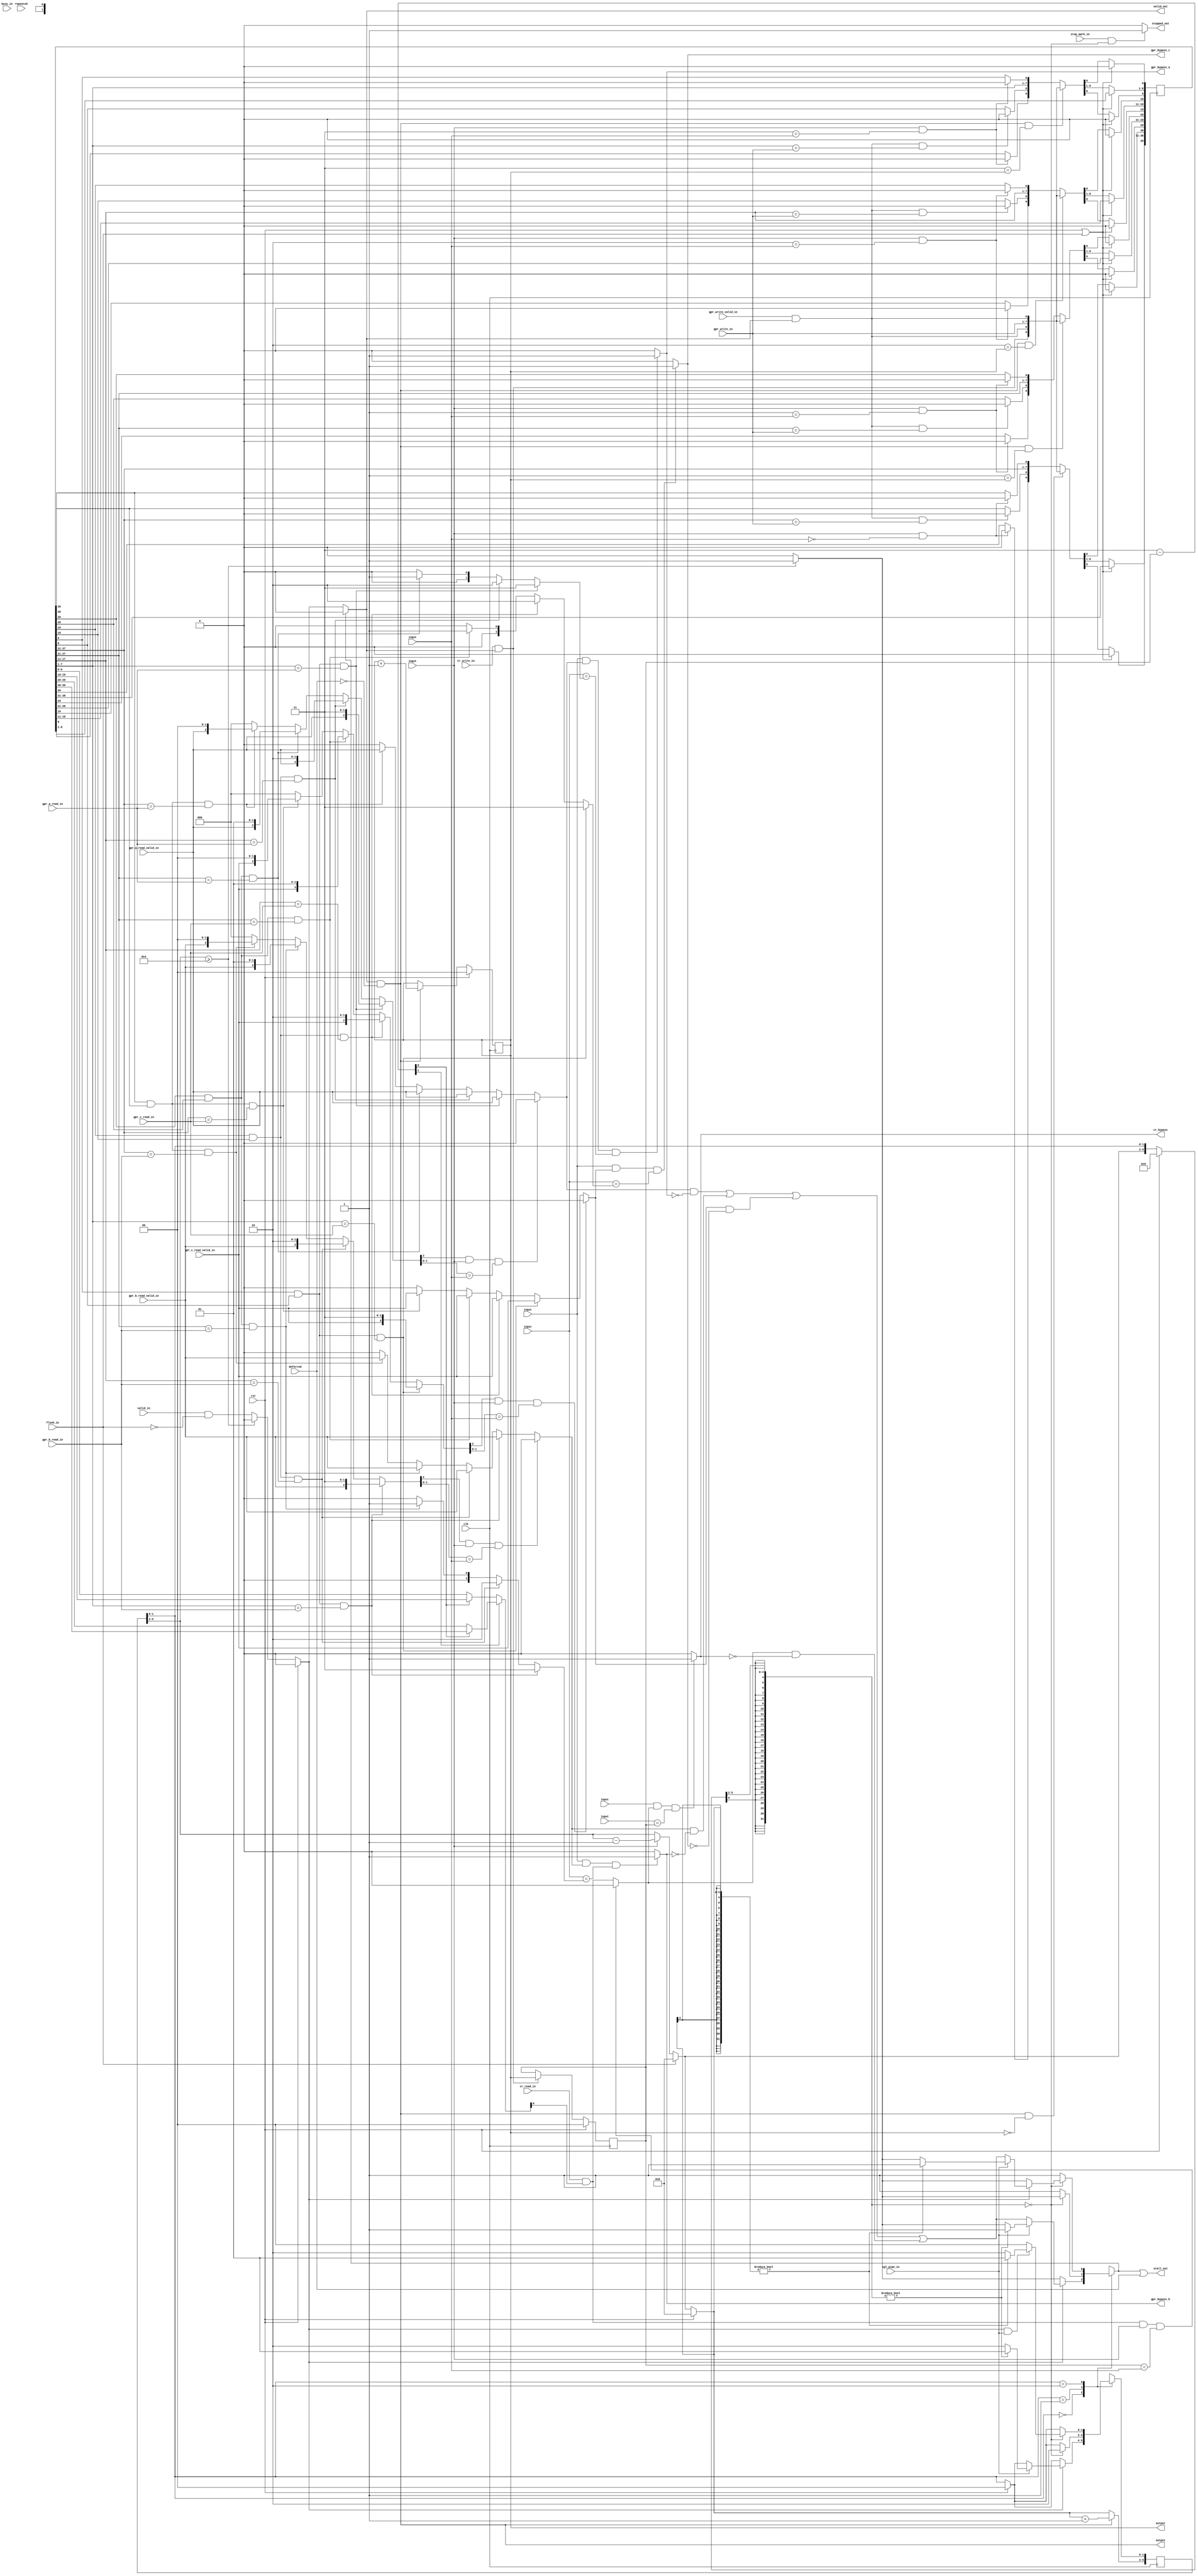
// This program was cloned from: https://github.com/NYU-MLDA/OpenABC
// License: BSD 3-Clause "New" or "Revised" License

module control_3_bf8b4530d8d246dd74ac53a13471bba17941dff7(clk, rst, \complete_in.tag , \complete_in.valid , valid_in, repeated, flush_in, busy_in, deferred, sgl_pipe_in, stop_mark_in, gpr_write_valid_in, gpr_write_in, gpr_a_read_valid_in, gpr_a_read_in, gpr_b_read_valid_in, gpr_b_read_in, gpr_c_read_valid_in, gpr_c_read_in, \execute_next_tag.tag , \execute_next_tag.valid , \execute_next_cr_tag.tag , \execute_next_cr_tag.valid , cr_read_in, cr_write_in, valid_out, stall_out, stopped_out, gpr_bypass_a, gpr_bypass_b, gpr_bypass_c, cr_bypass, \instr_tag_out.tag , \instr_tag_out.valid );
  wire [9:0] _000_;
  wire [9:0] _001_;
  wire _002_;
  wire _003_;
  wire _004_;
  wire _005_;
  wire _006_;
  wire _007_;
  wire _008_;
  wire _009_;
  wire _010_;
  wire _011_;
  wire [9:0] _012_;
  wire _013_;
  wire [7:0] _014_;
  wire _015_;
  wire _016_;
  wire _017_;
  wire _018_;
  wire _019_;
  wire _020_;
  wire _021_;
  wire _022_;
  wire _023_;
  wire _024_;
  wire _025_;
  wire [9:0] _026_;
  wire _027_;
  wire [7:0] _028_;
  wire _029_;
  wire _030_;
  wire _031_;
  wire _032_;
  wire _033_;
  wire _034_;
  wire _035_;
  wire _036_;
  wire _037_;
  wire _038_;
  wire _039_;
  wire [9:0] _040_;
  wire _041_;
  wire [7:0] _042_;
  wire _043_;
  wire _044_;
  wire _045_;
  wire _046_;
  wire _047_;
  wire _048_;
  wire _049_;
  wire _050_;
  wire _051_;
  wire _052_;
  wire _053_;
  wire [9:0] _054_;
  wire _055_;
  wire [7:0] _056_;
  wire _057_;
  wire [1:0] _058_;
  wire [1:0] _059_;
  wire [1:0] _060_;
  reg [5:0] _061_ = 6'h00;
  reg [39:0] _062_;
  reg [1:0] _063_;
  reg [1:0] _064_;
  wire _065_;
  wire _066_;
  wire _067_;
  wire [2:0] _068_;
  wire _069_;
  wire _070_;
  wire _071_;
  wire [2:0] _072_;
  wire _073_;
  wire _074_;
  wire _075_;
  wire [2:0] _076_;
  wire _077_;
  wire _078_;
  wire _079_;
  wire [2:0] _080_;
  wire _081_;
  wire _082_;
  wire _083_;
  wire _084_;
  wire _085_;
  wire _086_;
  wire _087_;
  wire _088_;
  wire [1:0] _089_;
  wire [1:0] _090_;
  wire [1:0] _091_;
  wire [1:0] _092_;
  wire _093_;
  wire _094_;
  wire _095_;
  wire [2:0] _096_;
  wire _097_;
  wire _098_;
  wire _099_;
  wire [2:0] _100_;
  wire _101_;
  wire _102_;
  wire _103_;
  wire [2:0] _104_;
  wire _105_;
  wire _106_;
  wire _107_;
  wire [2:0] _108_;
  wire _109_;
  wire _110_;
  wire _111_;
  wire _112_;
  wire _113_;
  wire _114_;
  wire _115_;
  wire _116_;
  wire [1:0] _117_;
  wire [1:0] _118_;
  wire [1:0] _119_;
  wire [1:0] _120_;
  wire _121_;
  wire _122_;
  wire _123_;
  wire [2:0] _124_;
  wire _125_;
  wire _126_;
  wire _127_;
  wire [2:0] _128_;
  wire _129_;
  wire _130_;
  wire _131_;
  wire [2:0] _132_;
  wire _133_;
  wire _134_;
  wire _135_;
  wire [2:0] _136_;
  wire _137_;
  wire _138_;
  wire _139_;
  wire _140_;
  wire _141_;
  wire _142_;
  wire _143_;
  wire _144_;
  wire [1:0] _145_;
  wire [1:0] _146_;
  wire [1:0] _147_;
  wire [1:0] _148_;
  wire _149_;
  wire _150_;
  wire _151_;
  wire _152_;
  wire _153_;
  wire _154_;
  wire _155_;
  wire _156_;
  wire _157_;
  wire _158_;
  wire _159_;
  wire _160_;
  wire _161_;
  wire _162_;
  wire _163_;
  wire _164_;
  wire _165_;
  wire _166_;
  wire _167_;
  wire _168_;
  wire _169_;
  wire _170_;
  wire _171_;
  wire _172_;
  wire _173_;
  wire [31:0] _174_;
  wire [1:0] _175_;
  wire [1:0] _176_;
  wire _177_;
  wire _178_;
  wire _179_;
  wire _180_;
  wire _181_;
  wire _182_;
  wire _183_;
  wire _184_;
  wire _185_;
  wire _186_;
  wire _187_;
  wire _188_;
  wire _189_;
  wire _190_;
  wire [31:0] _191_;
  wire [3:0] _192_;
  wire [3:0] _193_;
  wire _194_;
  wire _195_;
  wire _196_;
  wire [5:0] _197_;
  wire _198_;
  wire _199_;
  wire _200_;
  wire _201_;
  wire _202_;
  wire [1:0] _203_;
  wire _204_;
  wire _205_;
  wire [1:0] _206_;
  wire [1:0] _207_;
  wire _208_;
  wire [1:0] _209_;
  wire [1:0] _210_;
  wire _211_;
  wire _212_;
  wire _213_;
  wire [1:0] _214_;
  wire [1:0] _215_;
  wire _216_;
  wire _217_;
  wire _218_;
  wire [3:0] _219_;
  wire _220_;
  wire [1:0] _221_;
  wire _222_;
  wire _223_;
  wire [1:0] _224_;
  wire _225_;
  wire _226_;
  wire _227_;
  wire [1:0] _228_;
  wire [1:0] _229_;
  wire _230_;
  wire _231_;
  wire [1:0] _232_;
  wire [3:0] _233_;
  wire _234_;
  wire _235_;
  wire _236_;
  wire _237_;
  wire _238_;
  wire _239_;
  wire [31:0] _240_;
  wire [3:0] _241_;
  wire _242_;
  wire [9:0] _243_;
  input busy_in;
  wire busy_in;
  input clk;
  wire clk;
  input [1:0] \complete_in.tag ;
  wire [1:0] \complete_in.tag ;
  input \complete_in.valid ;
  wire \complete_in.valid ;
  output cr_bypass;
  wire cr_bypass;
  input cr_read_in;
  wire cr_read_in;
  wire cr_tag_stall;
  input cr_write_in;
  wire cr_write_in;
  wire cr_write_valid;
  wire [1:0] curr_cr_tag;
  wire [1:0] curr_tag;
  input deferred;
  wire deferred;
  input [1:0] \execute_next_cr_tag.tag ;
  wire [1:0] \execute_next_cr_tag.tag ;
  input \execute_next_cr_tag.valid ;
  wire \execute_next_cr_tag.valid ;
  input [1:0] \execute_next_tag.tag ;
  wire [1:0] \execute_next_tag.tag ;
  input \execute_next_tag.valid ;
  wire \execute_next_tag.valid ;
  input flush_in;
  wire flush_in;
  input [6:0] gpr_a_read_in;
  wire [6:0] gpr_a_read_in;
  input gpr_a_read_valid_in;
  wire gpr_a_read_valid_in;
  input [6:0] gpr_b_read_in;
  wire [6:0] gpr_b_read_in;
  input gpr_b_read_valid_in;
  wire gpr_b_read_valid_in;
  output gpr_bypass_a;
  wire gpr_bypass_a;
  output gpr_bypass_b;
  wire gpr_bypass_b;
  output gpr_bypass_c;
  wire gpr_bypass_c;
  input [6:0] gpr_c_read_in;
  wire [6:0] gpr_c_read_in;
  input gpr_c_read_valid_in;
  wire gpr_c_read_valid_in;
  wire gpr_tag_stall;
  input [6:0] gpr_write_in;
  wire [6:0] gpr_write_in;
  wire gpr_write_valid;
  input gpr_write_valid_in;
  wire gpr_write_valid_in;
  wire [2:0] instr_tag;
  output [1:0] \instr_tag_out.tag ;
  wire [1:0] \instr_tag_out.tag ;
  output \instr_tag_out.valid ;
  wire \instr_tag_out.valid ;
  wire [1:0] next_tag;
  wire [5:0] r_int;
  input repeated;
  wire repeated;
  wire [5:0] rin_int;
  input rst;
  wire rst;
  input sgl_pipe_in;
  wire sgl_pipe_in;
  output stall_out;
  wire stall_out;
  input stop_mark_in;
  wire stop_mark_in;
  output stopped_out;
  wire stopped_out;
  wire [39:0] tag_regs;
  input valid_in;
  wire valid_in;
  output valid_out;
  wire valid_out;
  assign _000_ = _176_[0] ? tag_regs[19:10] : tag_regs[9:0];
  assign _001_ = _176_[0] ? tag_regs[39:30] : tag_regs[29:20];
  assign _243_ = _176_[1] ? _001_ : _000_;
  assign _002_ = rst | flush_in;
  assign _003_ = 32'd0 == { 30'h00000000, \complete_in.tag  };
  assign _004_ = \complete_in.valid  & _003_;
  assign _005_ = _004_ ? 1'h0 : tag_regs[30];
  assign _006_ = _004_ ? 1'h0 : tag_regs[39];
  assign _007_ = tag_regs[37:31] == gpr_write_in;
  assign _008_ = gpr_write_valid & _007_;
  assign _009_ = _008_ ? 1'h0 : tag_regs[38];
  assign _010_ = 32'd0 == { 30'h00000000, instr_tag[1:0] };
  assign _011_ = instr_tag[2] & _010_;
  assign _012_ = _011_ ? { cr_write_valid, gpr_write_valid, gpr_write_in, gpr_write_valid } : { _006_, _009_, tag_regs[37:31], _005_ };
  assign _013_ = _002_ ? 1'h0 : _012_[0];
  assign _014_ = _002_ ? tag_regs[38:31] : _012_[8:1];
  assign _015_ = _002_ ? 1'h0 : _012_[9];
  assign _016_ = rst | flush_in;
  assign _017_ = 32'd1 == { 30'h00000000, \complete_in.tag  };
  assign _018_ = \complete_in.valid  & _017_;
  assign _019_ = _018_ ? 1'h0 : tag_regs[20];
  assign _020_ = _018_ ? 1'h0 : tag_regs[29];
  assign _021_ = tag_regs[27:21] == gpr_write_in;
  assign _022_ = gpr_write_valid & _021_;
  assign _023_ = _022_ ? 1'h0 : tag_regs[28];
  assign _024_ = 32'd1 == { 30'h00000000, instr_tag[1:0] };
  assign _025_ = instr_tag[2] & _024_;
  assign _026_ = _025_ ? { cr_write_valid, gpr_write_valid, gpr_write_in, gpr_write_valid } : { _020_, _023_, tag_regs[27:21], _019_ };
  assign _027_ = _016_ ? 1'h0 : _026_[0];
  assign _028_ = _016_ ? tag_regs[28:21] : _026_[8:1];
  assign _029_ = _016_ ? 1'h0 : _026_[9];
  assign _030_ = rst | flush_in;
  assign _031_ = 32'd2 == { 30'h00000000, \complete_in.tag  };
  assign _032_ = \complete_in.valid  & _031_;
  assign _033_ = _032_ ? 1'h0 : tag_regs[10];
  assign _034_ = _032_ ? 1'h0 : tag_regs[19];
  assign _035_ = tag_regs[17:11] == gpr_write_in;
  assign _036_ = gpr_write_valid & _035_;
  assign _037_ = _036_ ? 1'h0 : tag_regs[18];
  assign _038_ = 32'd2 == { 30'h00000000, instr_tag[1:0] };
  assign _039_ = instr_tag[2] & _038_;
  assign _040_ = _039_ ? { cr_write_valid, gpr_write_valid, gpr_write_in, gpr_write_valid } : { _034_, _037_, tag_regs[17:11], _033_ };
  assign _041_ = _030_ ? 1'h0 : _040_[0];
  assign _042_ = _030_ ? tag_regs[18:11] : _040_[8:1];
  assign _043_ = _030_ ? 1'h0 : _040_[9];
  assign _044_ = rst | flush_in;
  assign _045_ = 32'd3 == { 30'h00000000, \complete_in.tag  };
  assign _046_ = \complete_in.valid  & _045_;
  assign _047_ = _046_ ? 1'h0 : tag_regs[0];
  assign _048_ = _046_ ? 1'h0 : tag_regs[9];
  assign _049_ = tag_regs[7:1] == gpr_write_in;
  assign _050_ = gpr_write_valid & _049_;
  assign _051_ = _050_ ? 1'h0 : tag_regs[8];
  assign _052_ = 32'd3 == { 30'h00000000, instr_tag[1:0] };
  assign _053_ = instr_tag[2] & _052_;
  assign _054_ = _053_ ? { cr_write_valid, gpr_write_valid, gpr_write_in, gpr_write_valid } : { _048_, _051_, tag_regs[7:1], _047_ };
  assign _055_ = _044_ ? 1'h0 : _054_[0];
  assign _056_ = _044_ ? tag_regs[8:1] : _054_[8:1];
  assign _057_ = _044_ ? 1'h0 : _054_[9];
  assign _058_ = cr_write_valid ? instr_tag[1:0] : curr_cr_tag;
  assign _059_ = rst ? 2'h0 : next_tag;
  assign _060_ = rst ? 2'h0 : _058_;
  always @(posedge clk)
    _061_ <= rin_int;
  always @(posedge clk)
    _062_ <= { _015_, _014_, _013_, _029_, _028_, _027_, _043_, _042_, _041_, _057_, _056_, _055_ };
  always @(posedge clk)
    _063_ <= _059_;
  always @(posedge clk)
    _064_ <= _060_;
  assign _065_ = tag_regs[30] & tag_regs[38];
  assign _066_ = tag_regs[37:31] == gpr_a_read_in;
  assign _067_ = _065_ & _066_;
  assign _068_ = _067_ ? { gpr_a_read_valid_in, 2'h0 } : 3'h0;
  assign _069_ = tag_regs[20] & tag_regs[28];
  assign _070_ = tag_regs[27:21] == gpr_a_read_in;
  assign _071_ = _069_ & _070_;
  assign _072_ = _071_ ? { gpr_a_read_valid_in, 2'h1 } : _068_;
  assign _073_ = tag_regs[10] & tag_regs[18];
  assign _074_ = tag_regs[17:11] == gpr_a_read_in;
  assign _075_ = _073_ & _074_;
  assign _076_ = _075_ ? { gpr_a_read_valid_in, 2'h2 } : _072_;
  assign _077_ = tag_regs[0] & tag_regs[8];
  assign _078_ = tag_regs[7:1] == gpr_a_read_in;
  assign _079_ = _077_ & _078_;
  assign _080_ = _079_ ? { gpr_a_read_valid_in, 2'h3 } : _076_;
  assign _081_ = _080_[2] & \complete_in.valid ;
  assign _082_ = { 30'h00000000, _080_[1:0] } == { 30'h00000000, \complete_in.tag  };
  assign _083_ = _081_ & _082_;
  assign _084_ = _067_ ? gpr_a_read_valid_in : 1'h0;
  assign _085_ = _071_ ? gpr_a_read_valid_in : _084_;
  assign _086_ = _075_ ? gpr_a_read_valid_in : _085_;
  assign _087_ = _079_ ? gpr_a_read_valid_in : _086_;
  assign _088_ = _083_ ? 1'h0 : _087_;
  assign _089_ = _067_ ? 2'h0 : 2'h0;
  assign _090_ = _071_ ? 2'h1 : _089_;
  assign _091_ = _075_ ? 2'h2 : _090_;
  assign _092_ = _079_ ? 2'h3 : _091_;
  assign _093_ = tag_regs[30] & tag_regs[38];
  assign _094_ = tag_regs[37:31] == gpr_b_read_in;
  assign _095_ = _093_ & _094_;
  assign _096_ = _095_ ? { gpr_b_read_valid_in, 2'h0 } : 3'h0;
  assign _097_ = tag_regs[20] & tag_regs[28];
  assign _098_ = tag_regs[27:21] == gpr_b_read_in;
  assign _099_ = _097_ & _098_;
  assign _100_ = _099_ ? { gpr_b_read_valid_in, 2'h1 } : _096_;
  assign _101_ = tag_regs[10] & tag_regs[18];
  assign _102_ = tag_regs[17:11] == gpr_b_read_in;
  assign _103_ = _101_ & _102_;
  assign _104_ = _103_ ? { gpr_b_read_valid_in, 2'h2 } : _100_;
  assign _105_ = tag_regs[0] & tag_regs[8];
  assign _106_ = tag_regs[7:1] == gpr_b_read_in;
  assign _107_ = _105_ & _106_;
  assign _108_ = _107_ ? { gpr_b_read_valid_in, 2'h3 } : _104_;
  assign _109_ = _108_[2] & \complete_in.valid ;
  assign _110_ = { 30'h00000000, _108_[1:0] } == { 30'h00000000, \complete_in.tag  };
  assign _111_ = _109_ & _110_;
  assign _112_ = _095_ ? gpr_b_read_valid_in : 1'h0;
  assign _113_ = _099_ ? gpr_b_read_valid_in : _112_;
  assign _114_ = _103_ ? gpr_b_read_valid_in : _113_;
  assign _115_ = _107_ ? gpr_b_read_valid_in : _114_;
  assign _116_ = _111_ ? 1'h0 : _115_;
  assign _117_ = _095_ ? 2'h0 : 2'h0;
  assign _118_ = _099_ ? 2'h1 : _117_;
  assign _119_ = _103_ ? 2'h2 : _118_;
  assign _120_ = _107_ ? 2'h3 : _119_;
  assign _121_ = tag_regs[30] & tag_regs[38];
  assign _122_ = tag_regs[37:31] == gpr_c_read_in;
  assign _123_ = _121_ & _122_;
  assign _124_ = _123_ ? { gpr_c_read_valid_in, 2'h0 } : 3'h0;
  assign _125_ = tag_regs[20] & tag_regs[28];
  assign _126_ = tag_regs[27:21] == gpr_c_read_in;
  assign _127_ = _125_ & _126_;
  assign _128_ = _127_ ? { gpr_c_read_valid_in, 2'h1 } : _124_;
  assign _129_ = tag_regs[10] & tag_regs[18];
  assign _130_ = tag_regs[17:11] == gpr_c_read_in;
  assign _131_ = _129_ & _130_;
  assign _132_ = _131_ ? { gpr_c_read_valid_in, 2'h2 } : _128_;
  assign _133_ = tag_regs[0] & tag_regs[8];
  assign _134_ = tag_regs[7:1] == gpr_c_read_in;
  assign _135_ = _133_ & _134_;
  assign _136_ = _135_ ? { gpr_c_read_valid_in, 2'h3 } : _132_;
  assign _137_ = _136_[2] & \complete_in.valid ;
  assign _138_ = { 30'h00000000, _136_[1:0] } == { 30'h00000000, \complete_in.tag  };
  assign _139_ = _137_ & _138_;
  assign _140_ = _123_ ? gpr_c_read_valid_in : 1'h0;
  assign _141_ = _127_ ? gpr_c_read_valid_in : _140_;
  assign _142_ = _131_ ? gpr_c_read_valid_in : _141_;
  assign _143_ = _135_ ? gpr_c_read_valid_in : _142_;
  assign _144_ = _139_ ? 1'h0 : _143_;
  assign _145_ = _123_ ? 2'h0 : 2'h0;
  assign _146_ = _127_ ? 2'h1 : _145_;
  assign _147_ = _131_ ? 2'h2 : _146_;
  assign _148_ = _135_ ? 2'h3 : _147_;
  assign _149_ = \execute_next_tag.valid  & _088_;
  assign _150_ = { 30'h00000000, \execute_next_tag.tag  } == { 30'h00000000, _092_ };
  assign _151_ = _149_ & _150_;
  assign _152_ = 1'h1 & _151_;
  assign _153_ = _152_ ? 1'h1 : 1'h0;
  assign _154_ = \execute_next_tag.valid  & _116_;
  assign _155_ = { 30'h00000000, \execute_next_tag.tag  } == { 30'h00000000, _120_ };
  assign _156_ = _154_ & _155_;
  assign _157_ = 1'h1 & _156_;
  assign _158_ = _157_ ? 1'h1 : 1'h0;
  assign _159_ = \execute_next_tag.valid  & _144_;
  assign _160_ = { 30'h00000000, \execute_next_tag.tag  } == { 30'h00000000, _148_ };
  assign _161_ = _159_ & _160_;
  assign _162_ = 1'h1 & _161_;
  assign _163_ = _162_ ? 1'h1 : 1'h0;
  assign _164_ = ~ _153_;
  assign _165_ = _088_ & _164_;
  assign _166_ = ~ _158_;
  assign _167_ = _116_ & _166_;
  assign _168_ = _165_ | _167_;
  assign _169_ = ~ _163_;
  assign _170_ = _144_ & _169_;
  assign _171_ = _168_ | _170_;
  assign _172_ = ~ deferred;
  assign _173_ = _235_ & _172_;
  assign _174_ = { 30'h00000000, curr_tag } + 32'd1;
  assign _175_ = instr_tag[2] ? _174_[1:0] : curr_tag;
  assign _176_ = 2'h3 - curr_cr_tag;
  assign _177_ = cr_read_in & _243_[9];
  assign _178_ = _177_ & \complete_in.valid ;
  assign _179_ = { 30'h00000000, curr_cr_tag } == { 30'h00000000, \complete_in.tag  };
  assign _180_ = _178_ & _179_;
  assign _181_ = _180_ ? 1'h0 : _177_;
  assign _182_ = \execute_next_cr_tag.valid  & _181_;
  assign _183_ = { 30'h00000000, \execute_next_cr_tag.tag  } == { 30'h00000000, curr_cr_tag };
  assign _184_ = _182_ & _183_;
  assign _185_ = 1'h1 & _184_;
  assign _186_ = _185_ ? 1'h1 : 1'h0;
  assign _187_ = ~ _186_;
  assign _188_ = _181_ & _187_;
  assign _189_ = ~ flush_in;
  assign _190_ = valid_in & _189_;
  assign _191_ = { r_int[5], r_int[5], r_int[5], r_int[5], r_int[5], r_int[5], r_int[5], r_int[5], r_int[5], r_int[5], r_int[5], r_int[5], r_int[5], r_int[5], r_int[5], r_int[5], r_int[5], r_int[5], r_int[5], r_int[5], r_int[5], r_int[5], r_int[5], r_int[5], r_int[5], r_int[5], r_int[5], r_int[5], r_int[5:2] } - 32'd1;
  assign _192_ = \complete_in.valid  ? _191_[3:0] : r_int[5:2];
  assign _193_ = flush_in ? 4'h0 : _192_;
  assign _194_ = $signed({ r_int[5], r_int[5], r_int[5], r_int[5], r_int[5], r_int[5], r_int[5], r_int[5], r_int[5], r_int[5], r_int[5], r_int[5], r_int[5], r_int[5], r_int[5], r_int[5], r_int[5], r_int[5], r_int[5], r_int[5], r_int[5], r_int[5], r_int[5], r_int[5], r_int[5], r_int[5], r_int[5], r_int[5], r_int[5:2] }) >= $signed(32'd4);
  assign _195_ = _194_ ? 1'h0 : _190_;
  assign _196_ = _194_ ? 1'h1 : 1'h0;
  assign _197_ = rst ? 6'h00 : { _193_, r_int[1:0] };
  assign _198_ = rst ? 1'h0 : _195_;
  assign _199_ = { _197_[5], _197_[5], _197_[5], _197_[5], _197_[5], _197_[5], _197_[5], _197_[5], _197_[5], _197_[5], _197_[5], _197_[5], _197_[5], _197_[5], _197_[5], _197_[5], _197_[5], _197_[5], _197_[5], _197_[5], _197_[5], _197_[5], _197_[5], _197_[5], _197_[5], _197_[5], _197_[5], _197_[5], _197_[5:2] } == 32'd0;
  assign _200_ = stop_mark_in & _199_;
  assign _201_ = _200_ ? 1'h1 : 1'h0;
  assign _202_ = { _197_[5], _197_[5], _197_[5], _197_[5], _197_[5], _197_[5], _197_[5], _197_[5], _197_[5], _197_[5], _197_[5], _197_[5], _197_[5], _197_[5], _197_[5], _197_[5], _197_[5], _197_[5], _197_[5], _197_[5], _197_[5], _197_[5], _197_[5], _197_[5], _197_[5], _197_[5], _197_[5], _197_[5], _197_[5:2] } != 32'd0;
  assign _203_ = _202_ ? 2'h1 : 2'h2;
  assign _204_ = _202_ ? 1'h1 : _196_;
  assign _205_ = gpr_tag_stall | cr_tag_stall;
  assign _206_ = rst ? 2'h0 : r_int[1:0];
  assign _207_ = sgl_pipe_in ? _203_ : _206_;
  assign _208_ = sgl_pipe_in ? _204_ : _205_;
  assign _209_ = rst ? 2'h0 : r_int[1:0];
  assign _210_ = _198_ ? _207_ : _209_;
  assign _211_ = _198_ ? _208_ : _196_;
  assign _212_ = r_int[1:0] == 2'h0;
  assign _213_ = { _197_[5], _197_[5], _197_[5], _197_[5], _197_[5], _197_[5], _197_[5], _197_[5], _197_[5], _197_[5], _197_[5], _197_[5], _197_[5], _197_[5], _197_[5], _197_[5], _197_[5], _197_[5], _197_[5], _197_[5], _197_[5], _197_[5], _197_[5], _197_[5], _197_[5], _197_[5], _197_[5], _197_[5], _197_[5:2] } == 32'd0;
  assign _214_ = rst ? 2'h0 : r_int[1:0];
  assign _215_ = _213_ ? 2'h2 : _214_;
  assign _216_ = _213_ ? _196_ : 1'h1;
  assign _217_ = r_int[1:0] == 2'h1;
  assign _218_ = { _197_[5], _197_[5], _197_[5], _197_[5], _197_[5], _197_[5], _197_[5], _197_[5], _197_[5], _197_[5], _197_[5], _197_[5], _197_[5], _197_[5], _197_[5], _197_[5], _197_[5], _197_[5], _197_[5], _197_[5], _197_[5], _197_[5], _197_[5], _197_[5], _197_[5], _197_[5], _197_[5], _197_[5], _197_[5:2] } == 32'd0;
  assign _219_ = rst ? 4'h0 : _193_;
  assign _220_ = { _219_[3], _219_[3], _219_[3], _219_[3], _219_[3], _219_[3], _219_[3], _219_[3], _219_[3], _219_[3], _219_[3], _219_[3], _219_[3], _219_[3], _219_[3], _219_[3], _219_[3], _219_[3], _219_[3], _219_[3], _219_[3], _219_[3], _219_[3], _219_[3], _219_[3], _219_[3], _219_[3], _219_[3], _219_ } != 32'd0;
  assign _221_ = _220_ ? 2'h1 : 2'h2;
  assign _222_ = _220_ ? 1'h1 : _196_;
  assign _223_ = gpr_tag_stall | cr_tag_stall;
  assign _224_ = _226_ ? _221_ : 2'h0;
  assign _225_ = sgl_pipe_in ? _222_ : _223_;
  assign _226_ = _198_ & sgl_pipe_in;
  assign _227_ = _198_ ? _225_ : _196_;
  assign _228_ = rst ? 2'h0 : r_int[1:0];
  assign _229_ = _218_ ? _224_ : _228_;
  assign _230_ = _218_ ? _227_ : 1'h1;
  assign _231_ = r_int[1:0] == 2'h2;
  function [1:0] \27760 ;
    input [1:0] a;
    input [5:0] b;
    input [2:0] s;
    (* parallel_case *)
    casez (s)
      3'b??1:
        \27760  = b[1:0];
      3'b?1?:
        \27760  = b[3:2];
      3'b1??:
        \27760  = b[5:4];
      default:
        \27760  = a;
    endcase
  endfunction
  assign _232_ = \27760 (2'hx, { _229_, _215_, _210_ }, { _231_, _217_, _212_ });
  assign _233_ = rst ? 4'h0 : _193_;
  function [0:0] \27765 ;
    input [0:0] a;
    input [2:0] b;
    input [2:0] s;
    (* parallel_case *)
    casez (s)
      3'b??1:
        \27765  = b[0:0];
      3'b?1?:
        \27765  = b[1:1];
      3'b1??:
        \27765  = b[2:2];
      default:
        \27765  = a;
    endcase
  endfunction
  assign _234_ = \27765 (1'hx, { _230_, _216_, _211_ }, { _231_, _217_, _212_ });
  assign _235_ = _234_ ? 1'h0 : _198_;
  assign _236_ = gpr_write_valid_in & _235_;
  assign _237_ = cr_write_in & _235_;
  assign _238_ = ~ deferred;
  assign _239_ = _235_ & _238_;
  assign _240_ = { _233_[3], _233_[3], _233_[3], _233_[3], _233_[3], _233_[3], _233_[3], _233_[3], _233_[3], _233_[3], _233_[3], _233_[3], _233_[3], _233_[3], _233_[3], _233_[3], _233_[3], _233_[3], _233_[3], _233_[3], _233_[3], _233_[3], _233_[3], _233_[3], _233_[3], _233_[3], _233_[3], _233_[3], _233_ } + 32'd1;
  assign _241_ = _239_ ? _240_[3:0] : _233_;
  assign _242_ = _234_ | deferred;
  assign r_int = _061_;
  assign rin_int = { _241_, _232_ };
  assign gpr_write_valid = _236_;
  assign cr_write_valid = _237_;
  assign tag_regs = _062_;
  assign instr_tag = { _173_, curr_tag };
  assign gpr_tag_stall = _171_;
  assign cr_tag_stall = _188_;
  assign curr_tag = _063_;
  assign next_tag = _175_;
  assign curr_cr_tag = _064_;
  assign valid_out = _235_;
  assign stall_out = _242_;
  assign stopped_out = _201_;
  assign gpr_bypass_a = _153_;
  assign gpr_bypass_b = _158_;
  assign gpr_bypass_c = _163_;
  assign cr_bypass = _186_;
  assign \instr_tag_out.tag  = instr_tag[1:0];
  assign \instr_tag_out.valid  = instr_tag[2];
endmodule